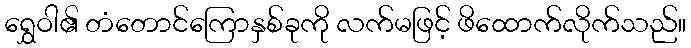
ရွှေဝါ၏ တံတောင်ကြောနှစ်ခုကို လက်မဖြင့် ဖိထောက်လိုက်သည်။